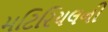
મટિરિયલની